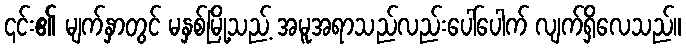
၎င်း၏ မျက်နှာတွင် မနှစ်မြို့သည့် အမူအရာသည်လည်းပေါ်ပေါက် လျက်ရှိလေသည်။